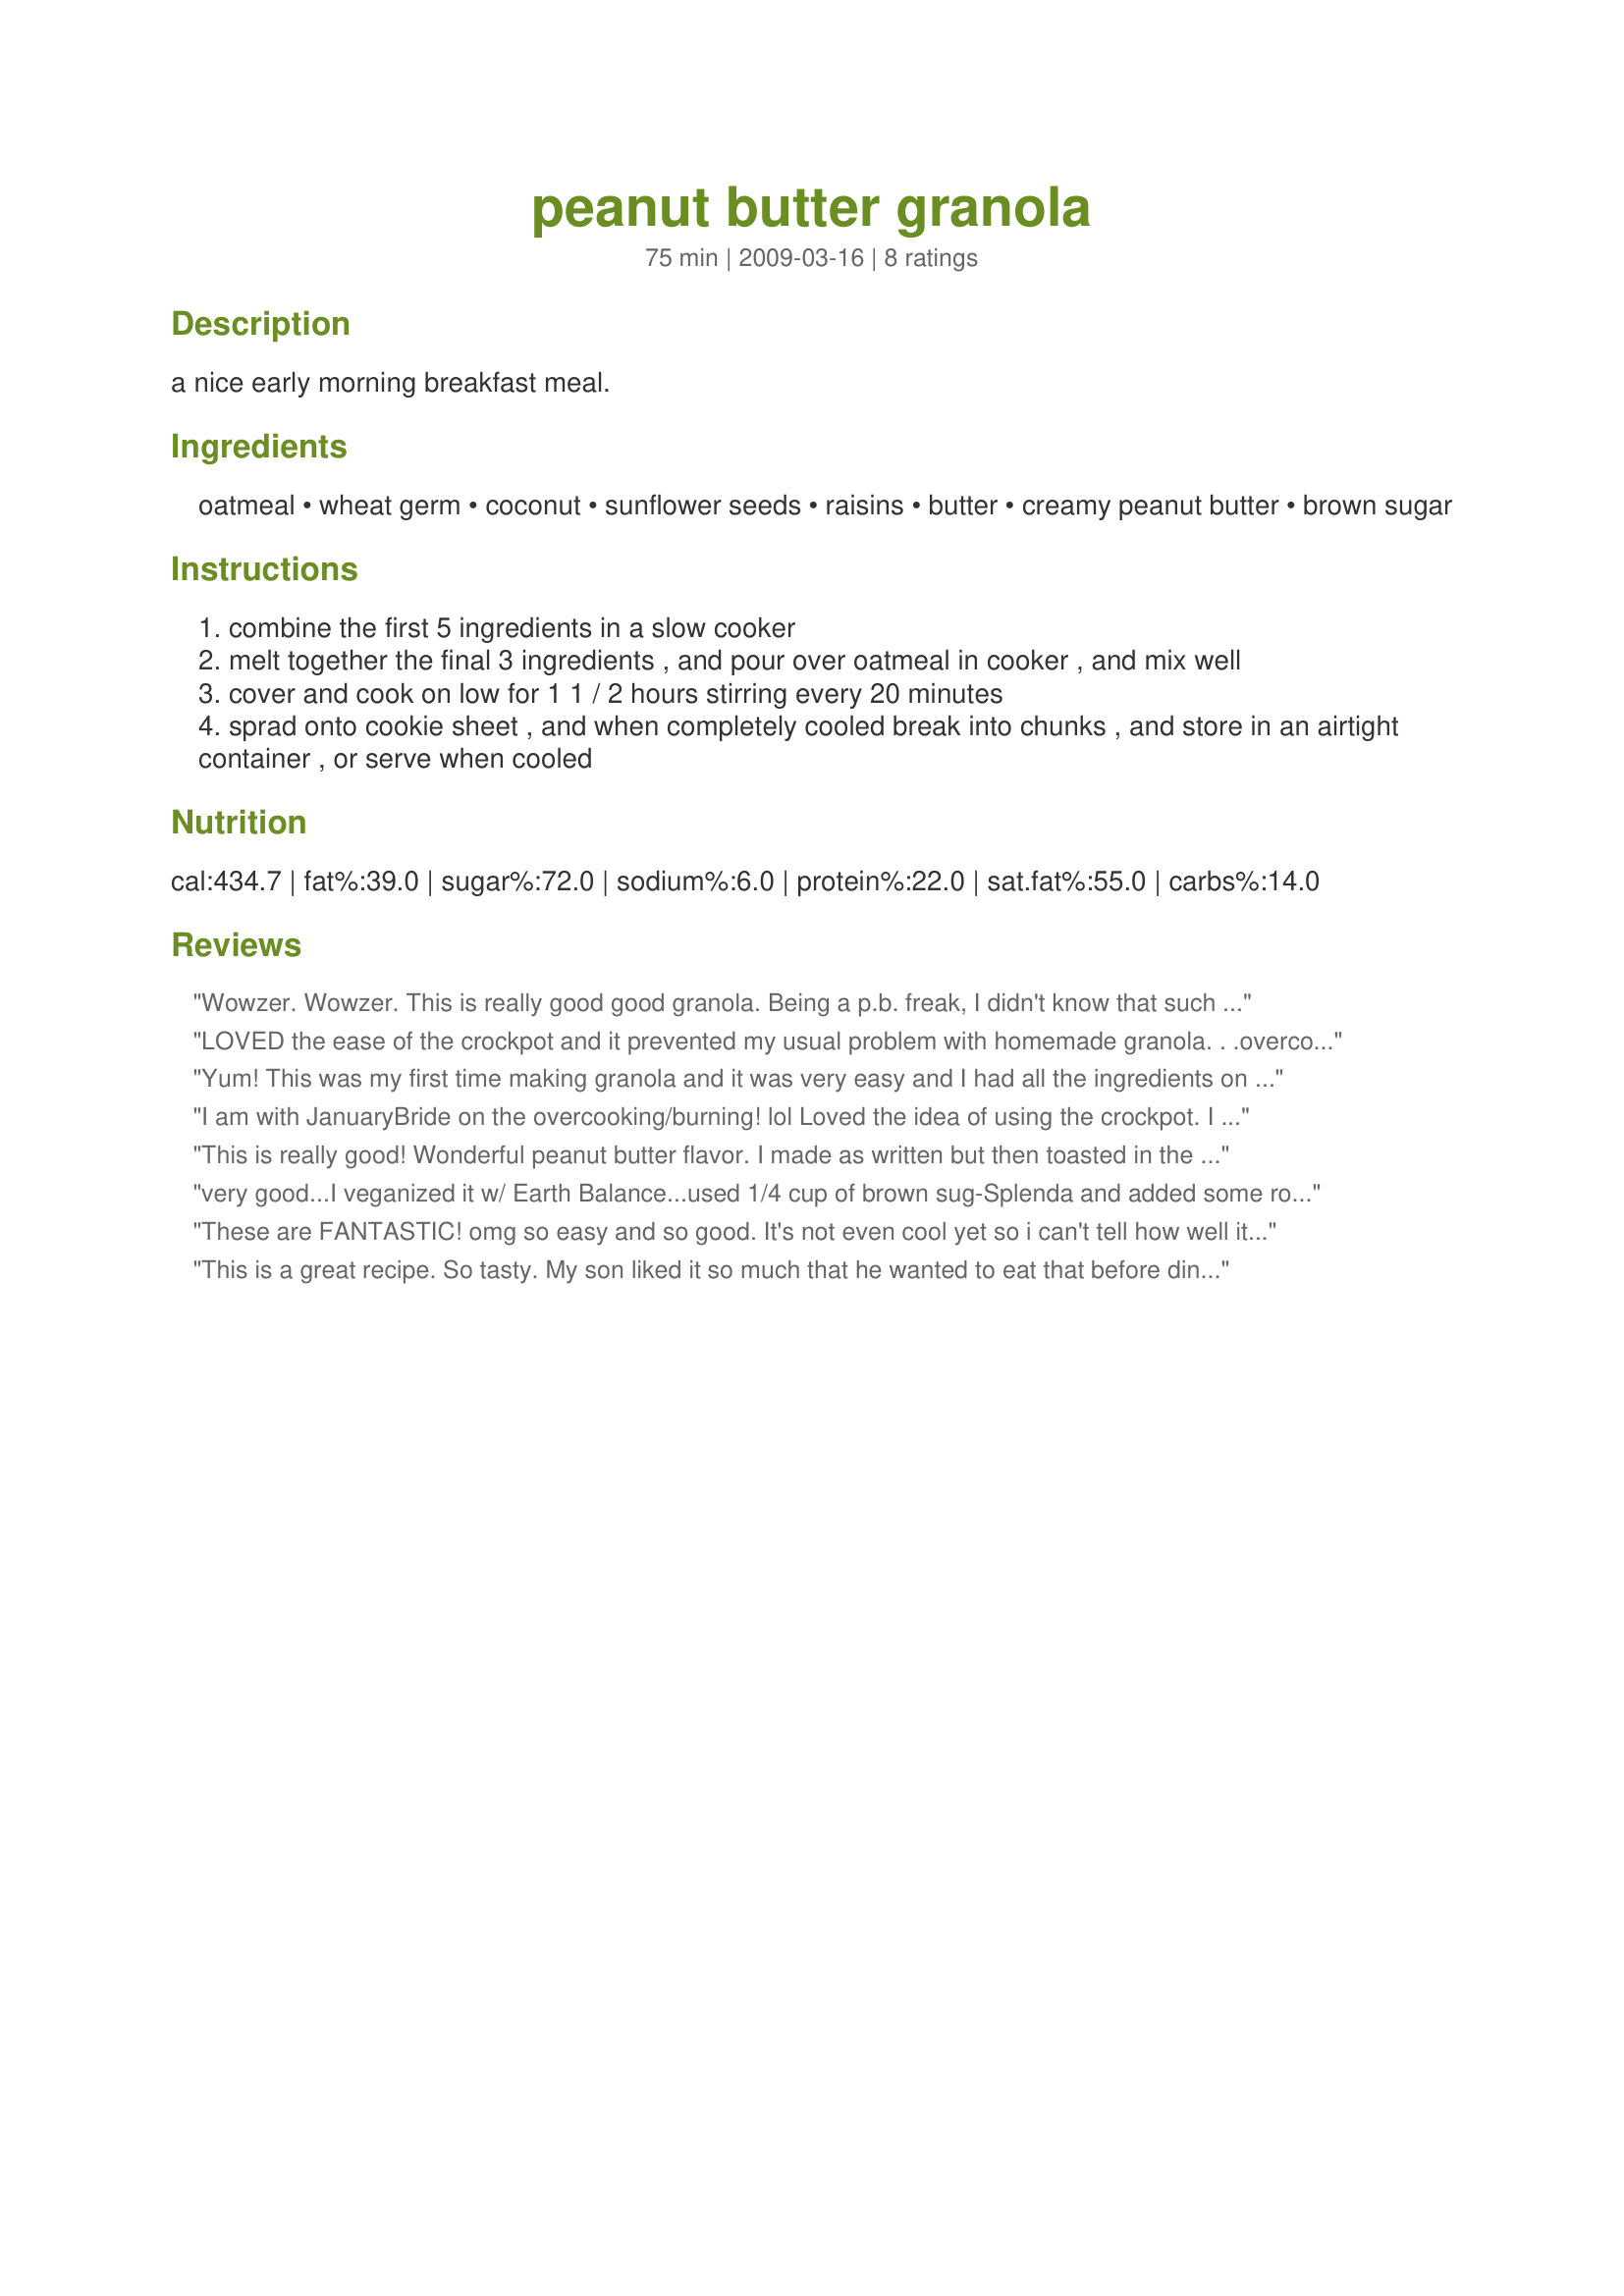
peanut butter granola
Preparation time: 75 minutes

a nice early morning breakfast meal.

Ingredients:
oatmeal, wheat germ, coconut, sunflower seeds, raisins, butter, creamy peanut butter, brown sugar

Steps:
combine the first 5 ingredients in a slow cooker
melt together the final 3 ingredients , and pour over oatmeal in cooker , and mix well
cover and cook on low for 1 1 / 2 hours stirring every 20 minutes
sprad onto cookie sheet , and when completely cooled break into chunks , and store in an airtight container , or serve when cooled

Reviews:
Wowzer. Wowzer. This is really good good granola. Being a p.b. freak, I didn't know that such a thing as p.b. granola existed. I have granola in my freezer at all times (in gallon size zip-lock baggies) to top my yogurt/fruit combo I have most days for lunch. So, I automatically doubled this recipe. I did omit a few things like coconut and the butter. I used Healthy Choice canola oil instead (of the butter). Also used 1/4 cup sunflower seeds and 1/4 cup chopped almonds. 1/4 cup raisins and 1/4 cup craisins. MMMmmmm perfection:-)
Made for HolidayTag~
LOVED the ease of the crockpot and it prevented my usual problem with homemade granola. . .overcooking/burning!!! My granola never got crunchy though. I think I will throw it in the oven for a few minutes to toast up. Flavor of the peanut butter is AMAZING and I truly think the raisins and coconut are the secret stars of the recipe. I too threw in a handful of Craisins. THANKS!!! Made for Aus/NZ Recipe swap Aug 2009.
Yum! This was my first time making granola and it was very easy and I had all the ingredients on hand. I made it as directed but added 1 tsp of cinnamon because I like cinnamon with peanut butter. It is a loose granola not a cluster one. I think if I made it again I'd add more dried fruits and I'm tempted to add chocolate chips now as a snack. My only complaint about it is it has a slight oily undertone to the flavor that my husband doesn't like. I think that flavor got less pronounced when it cooled. I put it in a ziploc in the freezer. Made for 1-2-3 hit wonders.
I am with JanuaryBride on the overcooking/burning! lol Loved the idea of using the crockpot. I did follow her suggestion as well and put the pan in the oven at 300 F for 20 minutes - stirring every 5 minutes for a crunchy granola. I had this for lunch and it was delicious! Thanks so much for another great recipe! Made for the January 2010 Aussie/NZ recipe swap.
This is really good! Wonderful peanut butter flavor. I made as written but then toasted in the oven for 30 minutes as others suggested. We have been enjoying this as a breakfast cereal with milk. Made for PRMR.
very good...I veganized it w/ Earth Balance...used 1/4 cup of brown sug-Splenda and added some rough ground flax...to "crisp" it I toasted it in the dehydrator for a bit on low...I think this is the way I will approach homemade granola from now on...thanks for a great recipe share!!!-made for "I Recommend Tag" :)
These are FANTASTIC! omg so easy and so good. It's not even cool yet so i can't tell how well it sticks together but the taste is great, making it is a snap and i will never buy store bought granola bars again.
This is a great recipe. So tasty. My son liked it so much that he wanted to eat that before dinner. I have a feeling that it won't last long here. Thanks Weekend Cooker :) Made for PRMR tag game
